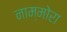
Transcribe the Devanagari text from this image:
नाम्मोरा